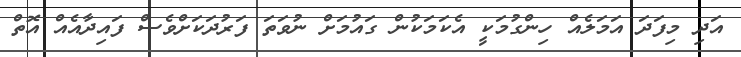
އަދި މިފަދަ އަމަލެއް ހިންގުމަކީ އެކަމަކުން ގައުމަށް ނުވަތަ ފަރުދަކަށްވެސް ފައިދާއެއް އޮތް